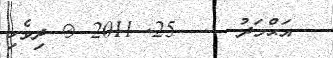
އަޙްމަދު